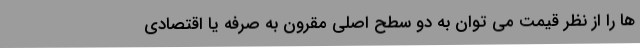
ها را از نظر قیمت می توان به دو سطح اصلی مقرون به صرفه یا اقتصادی